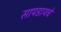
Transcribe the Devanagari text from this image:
सापडायचे